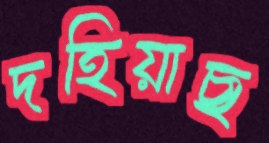
দহিয়াছ